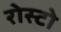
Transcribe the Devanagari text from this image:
रोस्टो